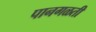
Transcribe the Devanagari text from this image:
पानगळती